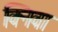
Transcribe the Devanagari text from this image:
क्निवा